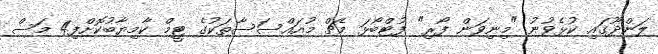
ލަންދޫގައި ކުޅެވުނު "މިނިވަން ފޯރި" ފުޓްބޯޅަ މެޗް މުއައްސަސާތަކުގެ ޓީމް ކާމިޔާބުކޮށްފި4 މަސް